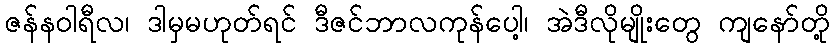
ဇန်နဝါရီလ၊ ဒါမှမဟုတ်ရင် ဒီဇင်ဘာလကုန်ပေါ့၊ အဲဒီလိုမျိုးတွေ ကျနော်တို့